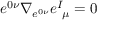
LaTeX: e ^ { 0 \nu } \nabla _ { e ^ { 0 \nu } } e _ { ~ \mu } ^ { I } = 0